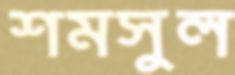
শমসুল